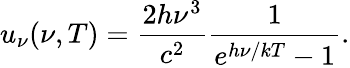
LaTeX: u_{\nu}(\nu,T)={\frac{2h\nu^{3}}{c^{2}}}{\frac{1}{e^{h\nu/kT}-1}}.